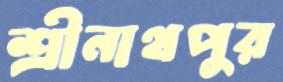
শ্রীনাথপুর